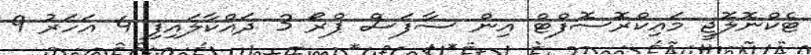
ޓެކްނޮލޮޖީ މައިކްރޮސޮފްޓް އިން ސާފަސް ޕްރޯ 3 ދައްކާލައިފި 4 އަހަރު 9